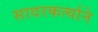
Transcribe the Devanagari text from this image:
सादरकर्त्याने